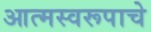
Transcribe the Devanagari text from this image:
आत्मस्वरूपाचे